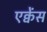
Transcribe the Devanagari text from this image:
एक्वेंस